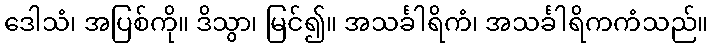
ဒေါသံ၊ အပြစ်ကို။ ဒိသွာ၊ မြင်၍။ အသင်္ခါရိကံ၊ အသင်္ခါရိကကံသည်။